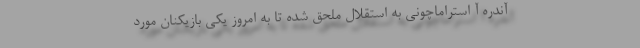
آندره آ استراماچونی به استقلال ملحق شده تا به امروز یکی بازیکنان مورد